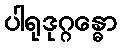
ပါရုဒုဂ္ဂန္ဓော